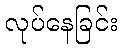
လုပ်နေခြင်း